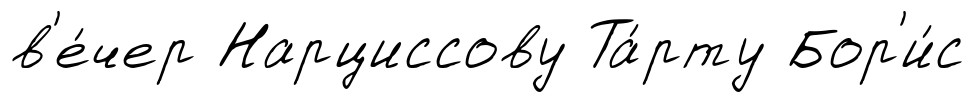
в'е́чер Нарциссову Та́рту Бор'и́с